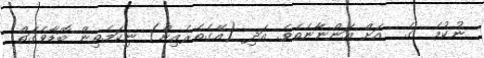
ނުކުމެ  ގެ  އަށް އަންނާނެތެވެ. އަދި (އޭގެތެރެއިން) ނިކަމެތިން ބޮޑާވެގަތް